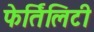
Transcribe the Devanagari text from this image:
फेर्तिलिटी